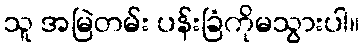
သူ အမြဲတမ်း ပန်းခြံကိုမသွားပါ။